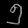
Digit: ၅